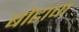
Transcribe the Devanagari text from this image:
बोटाचा